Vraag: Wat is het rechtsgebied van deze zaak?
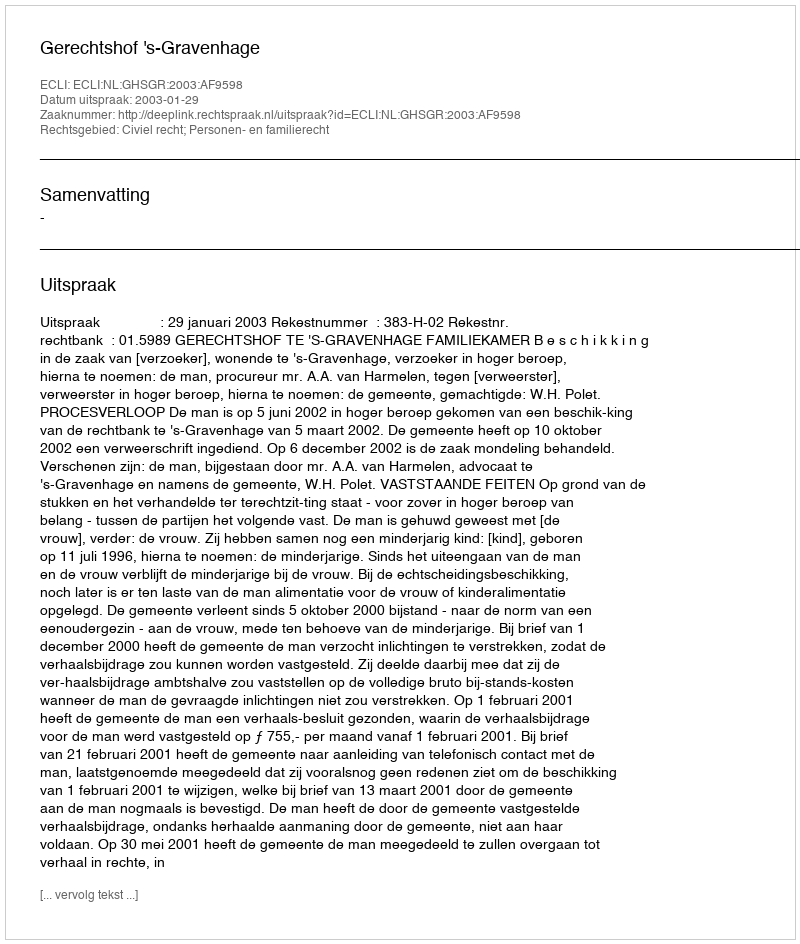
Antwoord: Civiel recht; Personen- en familierecht